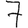
Digit: 7